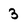
Character: 3